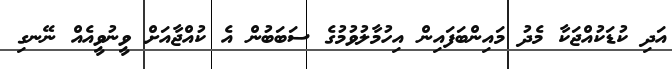
އަދި ކުޑަކުއްޖަކާ މެދު މައިންބަފައިން އިހުމާލުވުމުގެ ސަބަބުން އެ ކުއްޖާއަށް ވީނުވީއެއް ނޭނގި